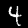
Label: 4